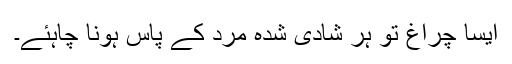
ایسا چراغ تو ہر شادی شدہ مرد کے پاس ہونا چاہئے۔